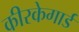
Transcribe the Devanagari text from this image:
कीरकेगार्ड